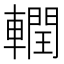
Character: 𮝧